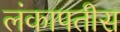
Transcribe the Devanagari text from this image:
लंकापतीस